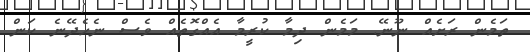
ތަމެން ރަށެއް ނޫނޭ. މަމެން ދިމާ ކުރީމާ އެއްގޮތެއް ވެސް ނެހެދޭނެ ކަން